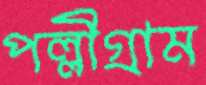
পল্লীগ্রাম